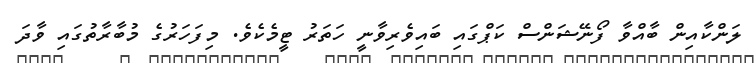
ލަންކާއިން ބާއްވާ ފޯނޭޝަންސް ކަޕްގައި ބައިވެރިވާނީ ހަތަރު ޓީމެކެވެ. މިފަހަރުގެ މުބާރާތުގައި ވާދަ